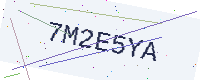
Text: 7M2E5YA